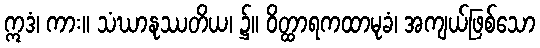
ဣဒံ၊ ကား။ သံဃာနုဿတိယ၊ ၌။ ဝိတ္ထာရကထာမုခံ၊ အကျယ်ဖြစ်သော